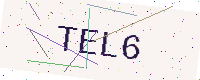
Text: TEL6